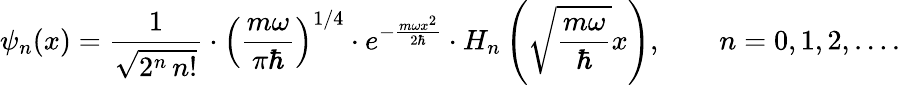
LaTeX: \psi_{n}(x)={\frac{1}{\sqrt{2^{n}\, n!}}}\cdot\left({\frac{m\omega}{\pi\hbar}}\right)^{1/4}\cdot e^{-{\frac{m\omega x^{2}}{2\hbar}}}\cdot H_{n}\left({\sqrt{\frac{m\omega}{\hbar}}}x\right),\qquad n=0,1,2,\ldots.